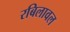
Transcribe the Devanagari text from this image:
रबिलावल